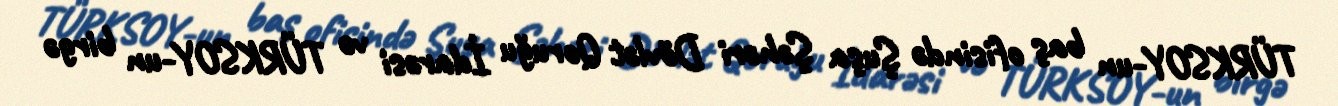
TÜRKSOY-un baş ofisində Şuşa Şəhəri Dövlət Qoruğu İdarəsi və TÜRKSOY-un birgə